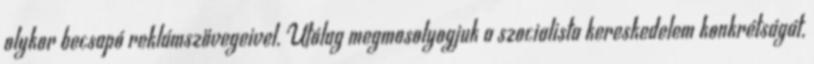
olykor becsapó reklámszövegeivel. Utólag megmosolyogjuk a szocialista kereskedelem konkrétságát,